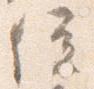
位